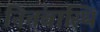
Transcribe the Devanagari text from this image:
नितंबास्थि